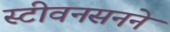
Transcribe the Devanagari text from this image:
स्टीवनसनने